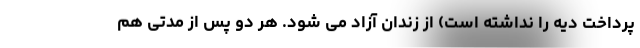
پرداخت دیه را نداشته است) از زندان آزاد می شود. هر دو پس از مدتی هم